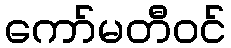
ကော်မတီဝင်